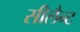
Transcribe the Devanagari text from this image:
सीलैन्ट